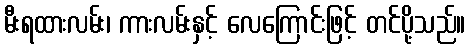
မီးရထားလမ်း၊ ကားလမ်းနှင့် လေကြောင်းဖြင့် တင်ပို့သည်။